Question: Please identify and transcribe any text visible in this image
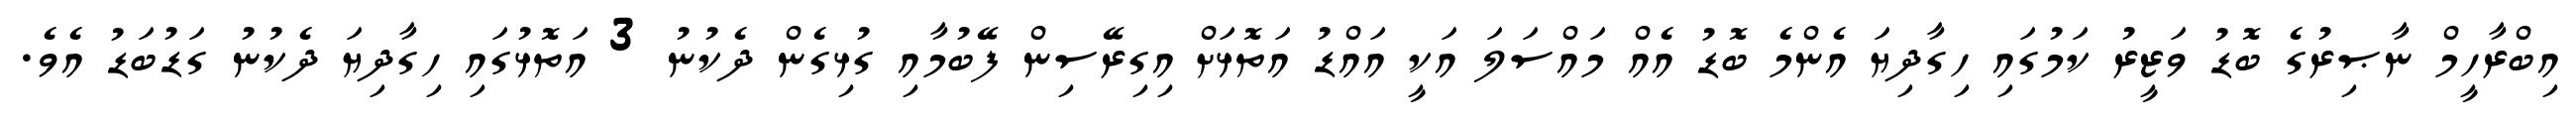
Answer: އިބްރާހީމް ނާޞިރުގެ ބޮޑު ވަޒީރު ކަމުގައި ހިގާދިޔަ އެންމެ ބޮޑު އެއް މައްސަލަ އަކީ އައްޑު އަތޮޅަށް އިގިރޭސިން ފޭބުމާއި ގުޅިގެން ދެކުނު 3 އަތޮޅުގައި ހިގާދިޔަ ދެކުނު ގަޑުބަޑު އެވެ.